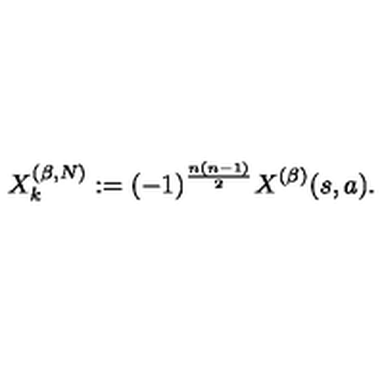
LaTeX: X _ { k } ^ { ( \beta , N ) } : = ( - 1 ) ^ { \frac { n ( n - 1 ) } { 2 } } X ^ { ( \beta ) } ( s , a ) .